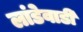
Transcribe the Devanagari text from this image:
लांडेवाडी